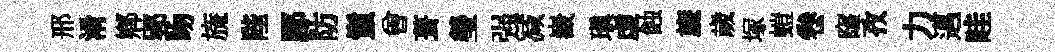
邢淆鄉郢吻旒陛郿防鬛曽葺瑩强减嶻瑱虚蝕旒歲塚螘卷窿孜力邁畦